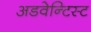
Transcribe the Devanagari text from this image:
अडवेन्टिस्ट